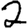
Digit: 2